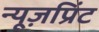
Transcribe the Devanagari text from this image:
न्यूज़प्रिंट